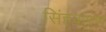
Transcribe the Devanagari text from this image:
सिंहकरण